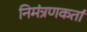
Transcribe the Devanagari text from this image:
निमंत्रणकर्ता